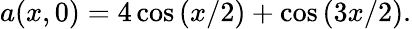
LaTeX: a(x,0)=4\cos\left(x/2\right)+\cos\left(3x/2\right).